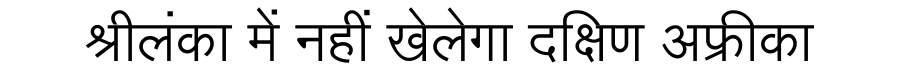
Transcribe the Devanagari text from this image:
श्रीलंका में नहीं खेलेगा दक्षिण अफ्रीका